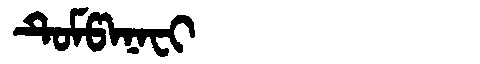
Manchu: ᡨᡠᠮᡦᠠᠨᠠᠸᡳ
Romanization: TUMPANAFI